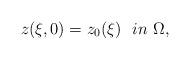
LaTeX: \begin{align*}z(\xi,0)=z_{0}(\xi) \ \ in \ \Omega ,\end{align*}